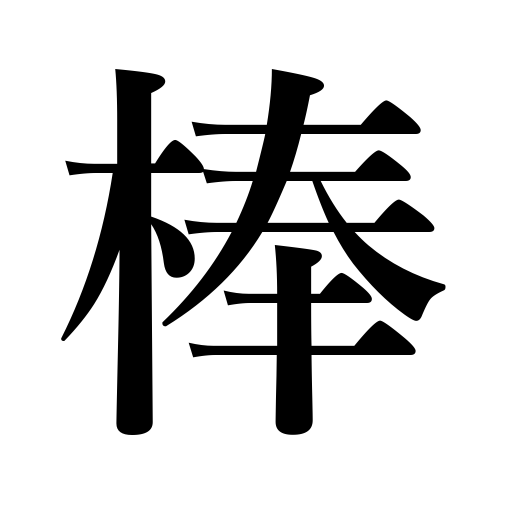
Meanings: pole,rod,stick,club,dash,bar,stake,line,pile,cane